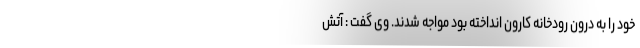
خود را به درون رودخانه کارون انداخته بود مواجه شدند. وی گفت : آتش